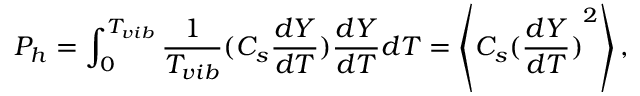
{ P _ { h } } = \int _ { 0 } ^ { T _ { v i b } } \frac { 1 } { { { T _ { v i b } } } } ( { C _ { s } } \frac { { d Y } } { { d T } } ) \frac { { d Y } } { { d T } } d T = \left\langle { { C _ { s } } { { ( \frac { { d Y } } { { d T } } ) } ^ { 2 } } } \right\rangle ,